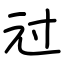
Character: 㝴